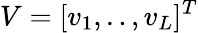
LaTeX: V=[v_{1},..,v_{L}]^{T}